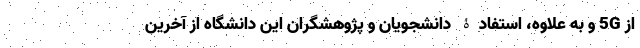
از 5G و به علاوه، استفادۀ دانشجویان و پژوهشگران این دانشگاه از آخرین